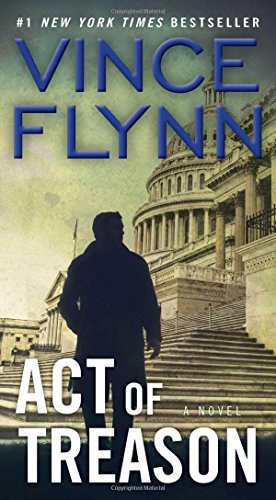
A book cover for Act of Treason (A Mitch Rapp Novel); Vince Flynn; Mystery, Thriller & Suspense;